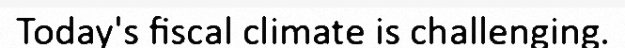
Today's fiscal climate is challenging.